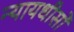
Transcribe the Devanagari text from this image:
न्यायधीसों